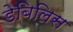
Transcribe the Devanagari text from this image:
डेबिलिस